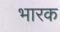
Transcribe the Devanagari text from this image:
भारक